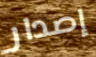
إصدار